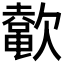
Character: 𬅲